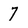
Character: 7